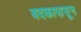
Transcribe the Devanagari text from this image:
बदकापासून